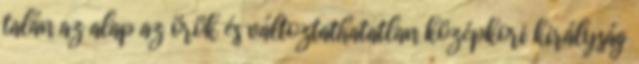
talán az alap az örök és változtathatatlan középkori királyság